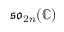
\mathfrak { s o } _ { 2 n } ( \mathbb { C } )